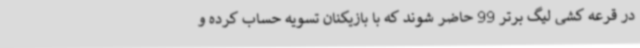
در قرعه کشی لیگ برتر 99 حاضر شوند که با بازیکنان تسویه حساب کرده و